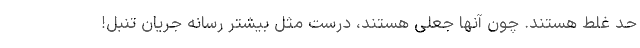
حد غلط هستند. چون آنها جعلی هستند، درست مثل بیشتر رسانه جریان تنبل!